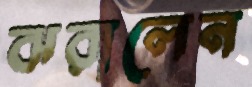
ঝরালেন